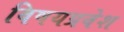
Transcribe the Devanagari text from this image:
विषयप्रवेश